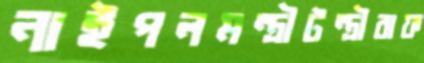
নাইপলমন্ত্রীটন্ত্রীরাফ